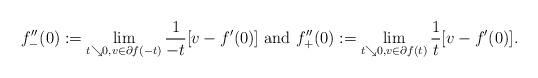
LaTeX: \begin{align*}f_{-}^{\prime\prime}(0):=\lim_{t\searrow0,v\in\partial f(-t)}\frac{1}{-t}[v-f^{\prime}(0)]\mbox{ and }f_{+}^{\prime\prime}(0):=\lim_{t\searrow0,v\in\partial f(t)}\frac{1}{t}[v-f^{\prime}(0)].\end{align*}